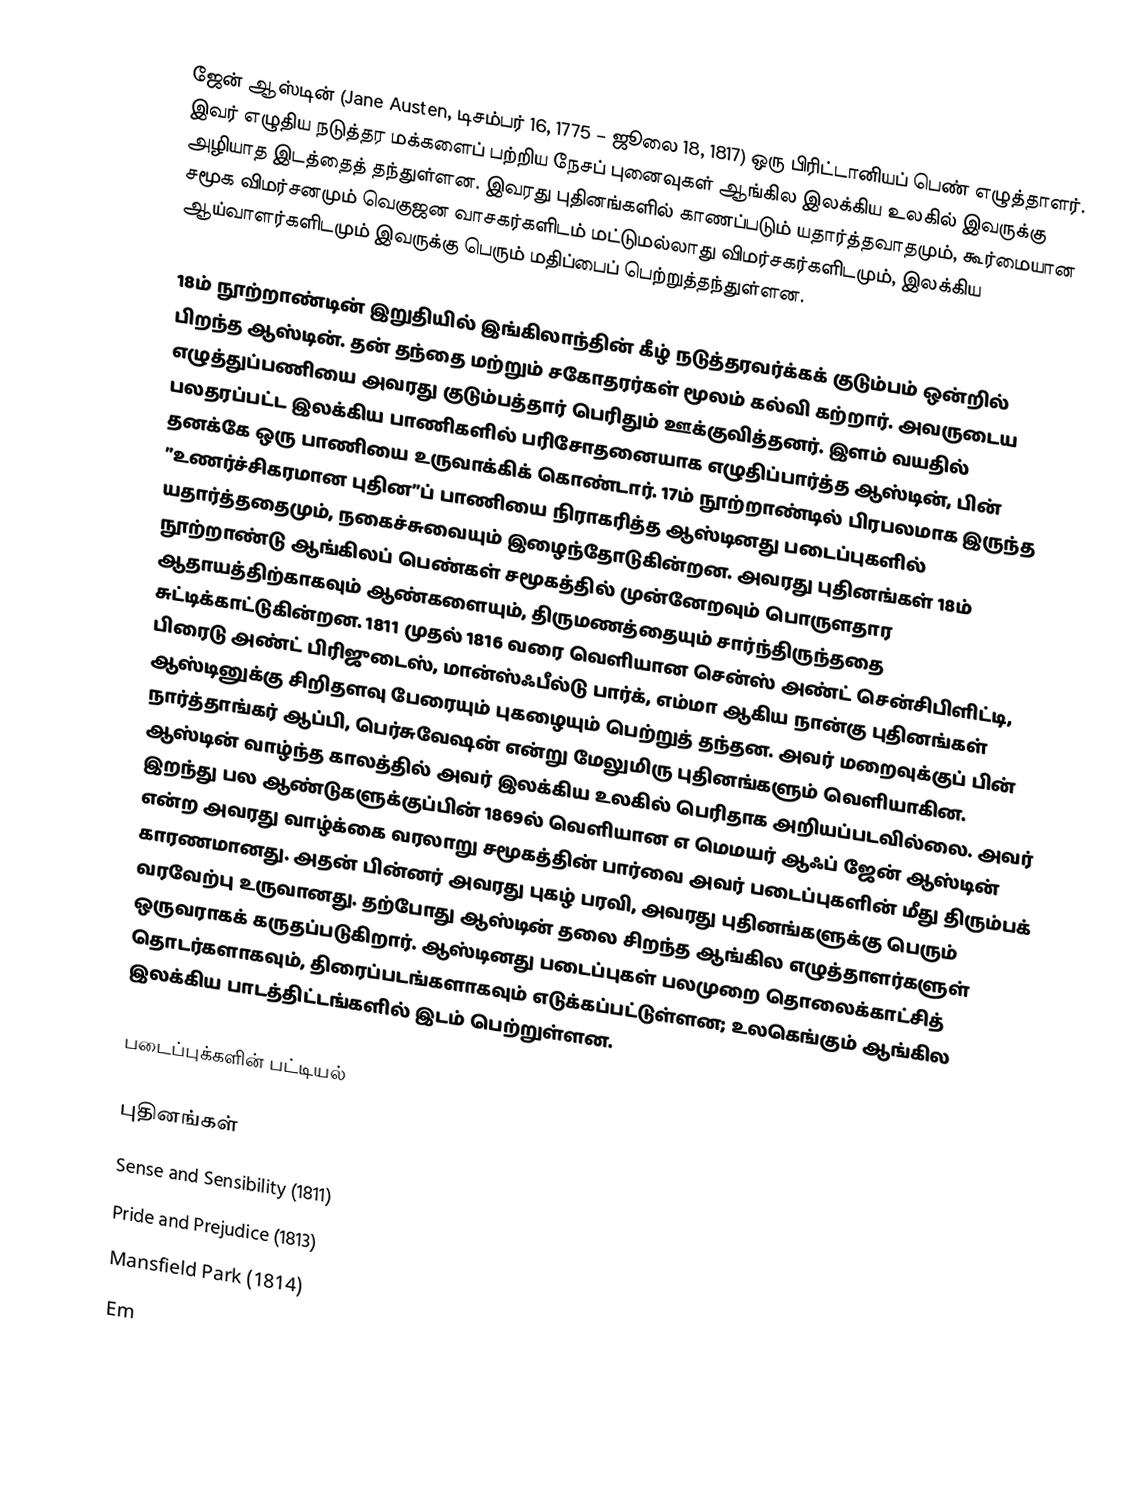
ஜேன் ஆஸ்டின் (Jane Austen, டிசம்பர் 16, 1775 – ஜூலை 18, 1817) ஒரு பிரிட்டானியப் பெண் எழுத்தாளர். இவர் எழுதிய நடுத்தர மக்களைப் பற்றிய நேசப் புனைவுகள் ஆங்கில இலக்கிய உலகில் இவருக்கு அழியாத இடத்தைத் தந்துள்ளன. இவரது புதினங்களில் காணப்படும் யதார்த்தவாதமும், கூர்மையான சமூக விமர்சனமும் வெகுஜன வாசகர்களிடம் மட்டுமல்லாது விமர்சகர்களிடமும், இலக்கிய ஆய்வாளர்களிடமும் இவருக்கு பெரும் மதிப்பைப் பெற்றுத்தந்துள்ளன.

18ம் நூற்றாண்டின் இறுதியில் இங்கிலாந்தின் கீழ் நடுத்தரவர்க்கக் குடும்பம் ஒன்றில் பிறந்த ஆஸ்டின். தன் தந்தை மற்றும் சகோதரர்கள் மூலம் கல்வி கற்றார். அவருடைய எழுத்துப்பணியை அவரது குடும்பத்தார் பெரிதும் ஊக்குவித்தனர். இளம் வயதில் பலதரப்பட்ட இலக்கிய பாணிகளில் பரிசோதனையாக எழுதிப்பார்த்த ஆஸ்டின், பின் தனக்கே ஒரு பாணியை உருவாக்கிக் கொண்டார். 17ம் நூற்றாண்டில் பிரபலமாக இருந்த ”உணர்ச்சிகரமான புதின”ப் பாணியை நிராகரித்த ஆஸ்டினது படைப்புகளில் யதார்த்ததைமும், நகைச்சுவையும் இழைந்தோடுகின்றன. அவரது புதினங்கள் 18ம் நூற்றாண்டு ஆங்கிலப் பெண்கள் சமூகத்தில் முன்னேறவும் பொருளதார ஆதாயத்திற்காகவும் ஆண்களையும், திருமணத்தையும் சார்ந்திருந்ததை சுட்டிக்காட்டுகின்றன. 1811 முதல் 1816 வரை வெளியான சென்ஸ் அண்ட் சென்சிபிளிட்டி, பிரைடு அண்ட் பிரிஜுடைஸ், மான்ஸ்ஃபீல்டு பார்க், எம்மா ஆகிய நான்கு புதினங்கள் ஆஸ்டினுக்கு சிறிதளவு பேரையும் புகழையும் பெற்றுத் தந்தன. அவர் மறைவுக்குப் பின் நார்த்தாங்கர் ஆப்பி, பெர்சுவேஷன் என்று மேலுமிரு புதினங்களும் வெளியாகின. ஆஸ்டின் வாழ்ந்த காலத்தில் அவர் இலக்கிய உலகில் பெரிதாக அறியப்படவில்லை. அவர் இறந்து பல ஆண்டுகளுக்குப்பின் 1869ல் வெளியான எ மெமயர் ஆஃப் ஜேன் ஆஸ்டின் என்ற அவரது வாழ்க்கை வரலாறு சமூகத்தின் பார்வை அவர் படைப்புகளின் மீது திரும்பக் காரணமானது. அதன் பின்னர் அவரது புகழ் பரவி, அவரது புதினங்களுக்கு பெரும் வரவேற்பு உருவானது. தற்போது ஆஸ்டின் தலை சிறந்த ஆங்கில எழுத்தாளர்களுள் ஒருவராகக் கருதப்படுகிறார். ஆஸ்டினது படைப்புகள் பலமுறை தொலைக்காட்சித் தொடர்களாகவும், திரைப்படங்களாகவும் எடுக்கப்பட்டுள்ளன; உலகெங்கும் ஆங்கில இலக்கிய பாடத்திட்டங்களில் இடம் பெற்றுள்ளன.

படைப்புக்களின் பட்டியல்

புதினங்கள்
 Sense and Sensibility (1811)
 Pride and Prejudice (1813)
 Mansfield Park (1814)
 Em